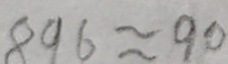
8 9 6 \approx 9 0